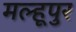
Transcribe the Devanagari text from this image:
मल्हूपुर